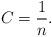
LaTeX: \begin{gather*} C=\frac{1}{n}.\end{gather*}